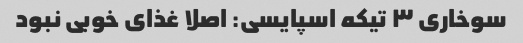
سوخاری ۳ تیکه اسپایسی: اصلا غذای خوبی نبود